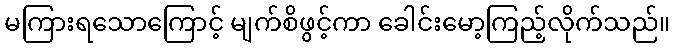
မကြားရသောကြောင့် မျက်စိဖွင့်ကာ ခေါင်းမော့ကြည့်လိုက်သည်။